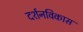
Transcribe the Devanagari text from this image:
दर्शनविकास